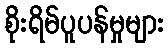
စိုးရိမ်ပူပန်မှုများ